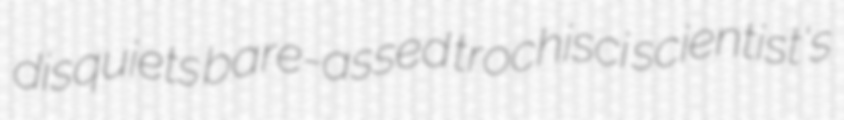
disquiets bare-assed trochisci scientist's